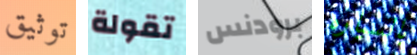
توثيق تقولة برودنس بالسياره